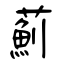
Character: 薊